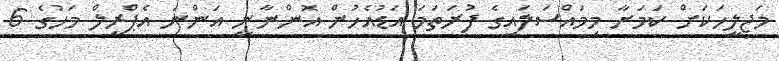
މަޖިލީހަކަށް ކަމަށާ މިމައްސަލައިގެ ފުރަތަމަ އަޑުއެހުން އޮންނާނީ އަންނަ އެޕްރީލް މަހުގެ 6